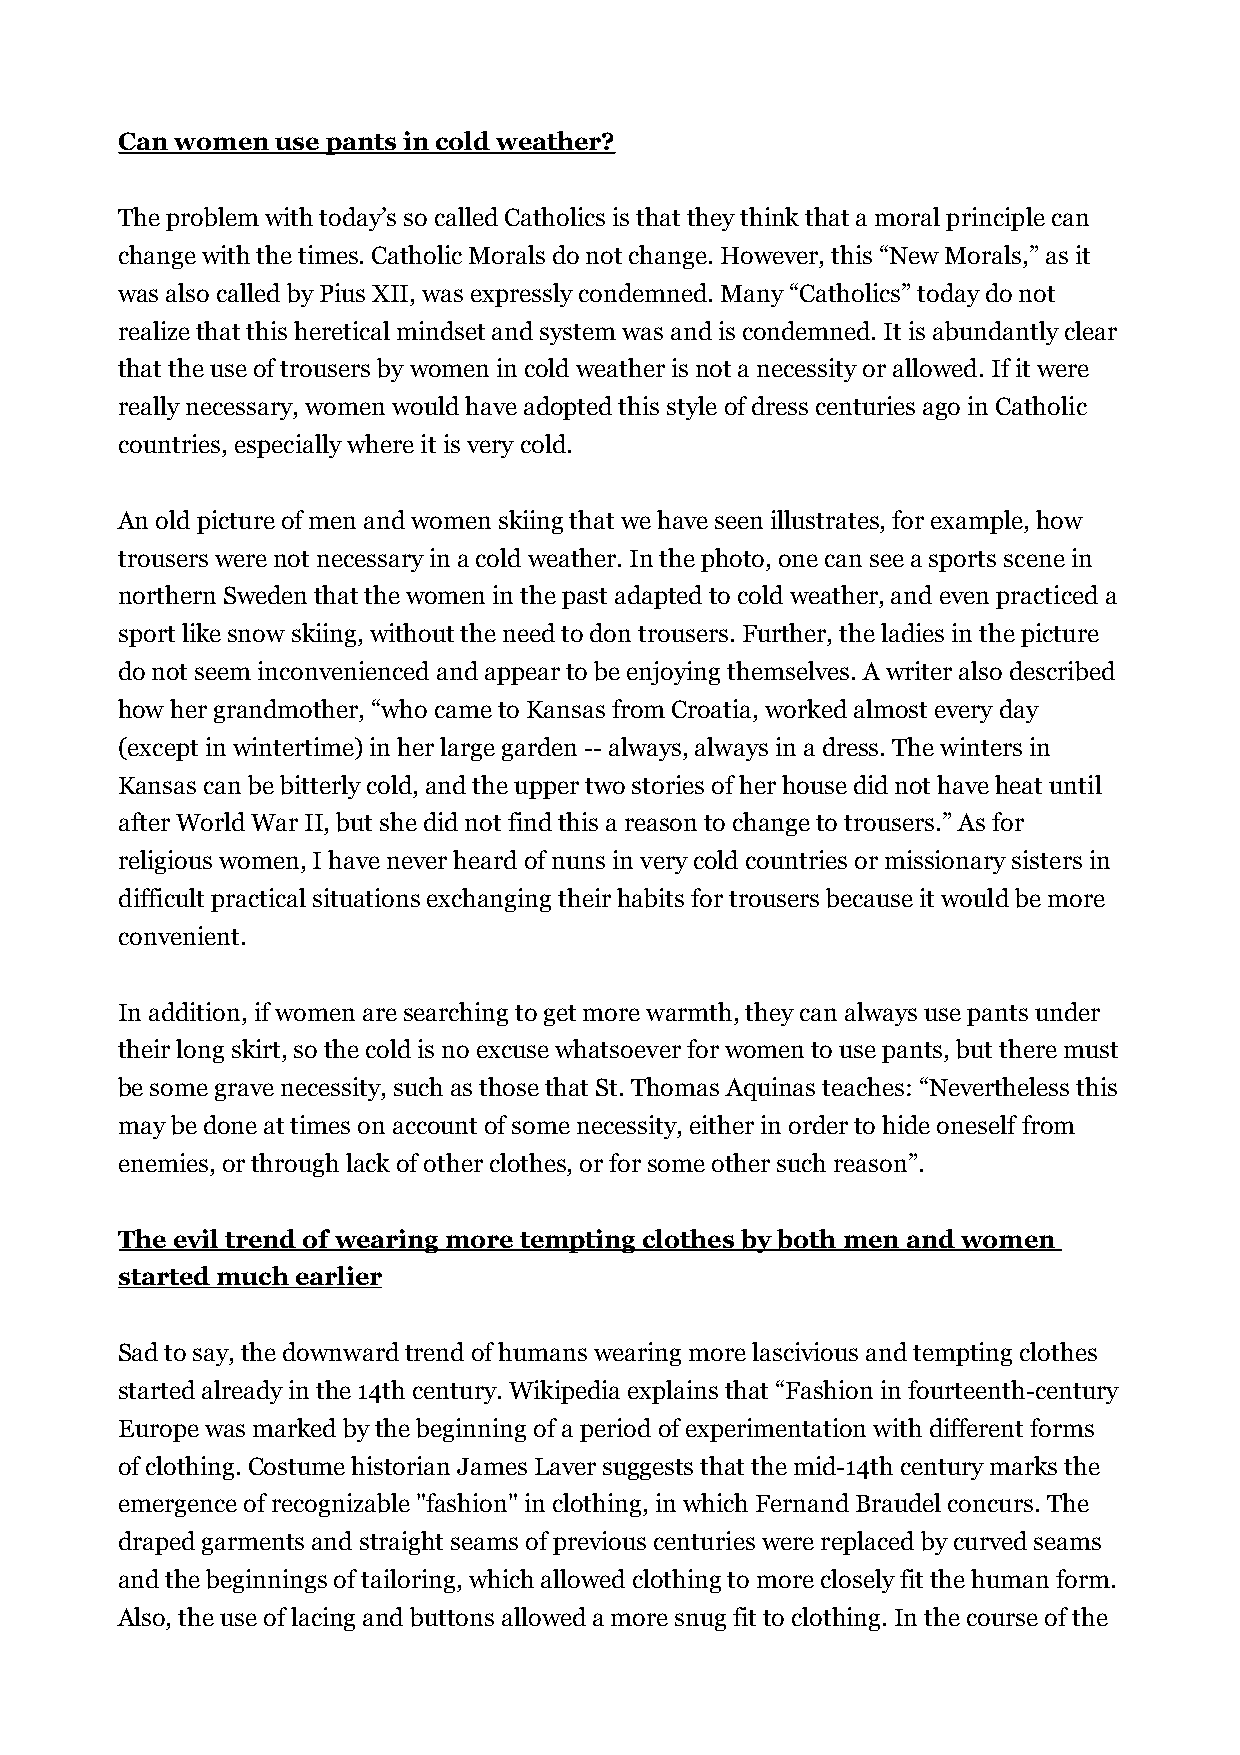
Can women use pants in cold weather?
 The problem with today’s so called Catholics is that they think that a moral principle can
 change with the times. Catholic Morals do not change. However, this “New Morals,” as it
 was also called by Pius XII, was expressly condemned. Many “Catholics” today do not
 realize that this heretical mindset and system was and is condemned. It is abundantly clear
 that the use of trousers by women in cold weather is not a necessity or allowed. If it were
 really necessary, women would have adopted this style of dress centuries ago in Catholic
 countries, especially where it is very cold.
 An old picture of men and women skiing that we have seen illustrates, for example, how
 trousers were not necessary in a cold weather. In the photo, one can see a sports scene in
 northern Sweden that the women in the past adapted to cold weather, and even practiced a
 sport like snow skiing, without the need to don trousers. Further, the ladies in the picture
 do not seem inconvenienced and appear to be enjoying themselves. A writer also described
 how her grandmother, “who came to Kansas from Croatia, worked almost every day
 (except in wintertime) in her large garden -- always, always in a dress. The winters in
 Kansas can be bitterly cold, and the upper two stories of her house did not have heat until
 after World War II, but she did not find this a reason to change to trousers.” As for
 religious women, I have never heard of nuns in very cold countries or missionary sisters in
 difficult practical situations exchanging their habits for trousers because it would be more
 convenient.
 In addition, if women are searching to get more warmth, they can always use pants under
 their long skirt, so the cold is no excuse whatsoever for women to use pants, but there must
 be some grave necessity, such as those that St. Thomas Aquinas teaches: “Nevertheless this
 may be done at times on account of some necessity, either in order to hide oneself from
 enemies, or through lack of other clothes, or for some other such reason”.
 The evil trend of wearing more tempting clothes by both men and women
 started much earlier
 Sad to say, the downward trend of humans wearing more lascivious and tempting clothes
 started already in the 14th century. Wikipedia explains that “Fashion in fourteenth-century
 Europe was marked by the beginning of a period of experimentation with different forms
 of clothing. Costume historian James Laver suggests that the mid-14th century marks the
 emergence of recognizable "fashion" in clothing, in which Fernand Braudel concurs. The
 draped garments and straight seams of previous centuries were replaced by curved seams
 and the beginnings of tailoring, which allowed clothing to more closely fit the human form.
 Also, the use of lacing and buttons allowed a more snug fit to clothing. In the course of the